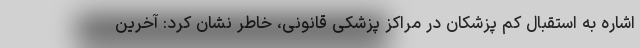
اشاره به استقبال کم پزشکان در مراکز پزشکی قانونی، خاطر نشان کرد: آخرین